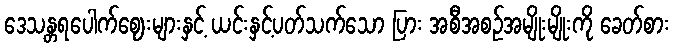
ဒေသန္တရပေါက်ဈေးများနှင့် ယင်းနှင့်ပတ်သက်သော ပြား အစီအစဉ်အမျိုးမျိုးကို ခေတ်စား